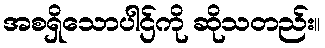
အစရှိသောပါဌ်ကို ဆိုသတည်း။